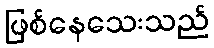
ဖြစ်နေသေးသည်